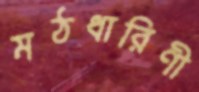
মঠধারিণী